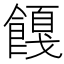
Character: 𬲚